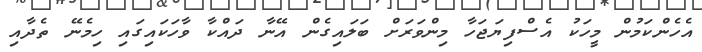
އެހެންކަމުން މީހަކު އެސްފިޔަޖަހާ މިންވަރަށް ބަލައިގެން އޭނާ ދައްކާ ވާހަކައިގައި ހިމެނޭ ތެދާއި